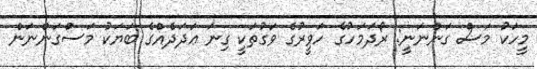
މީހަކު މަސް ގަންނަނީ: ރޯދަމަހުގެ ހަވީރުގެ ވަގުތަކީ ގިނަ ޢަދަދެއްގެ ބަޔަކު މަސްގަންނަން